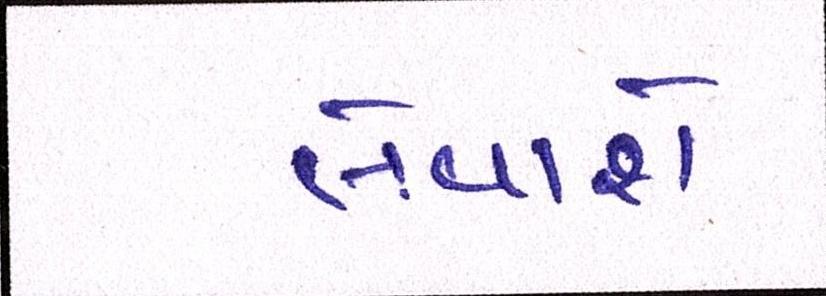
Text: લેવાશે